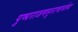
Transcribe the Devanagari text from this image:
पुष्पराजमसुराचार्यस्य